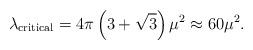
LaTeX: \begin{align*}\lambda_{\rm critical}=4\pi\left(3+\sqrt{3}\right) \mu^2 \approx 60\mu^2.\end{align*}